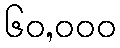
၆၀,၀၀၀